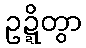
ဥဍ္ဍိတွာ